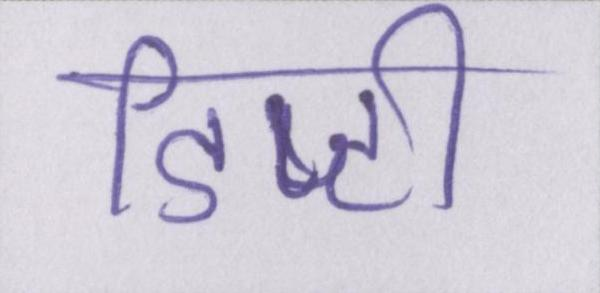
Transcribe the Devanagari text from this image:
डिप्टी